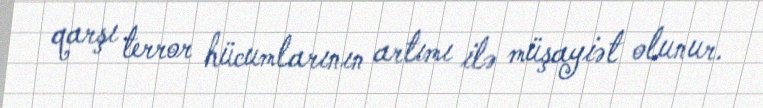
qarşı terror hücumlarının artımı ilə müşayiət olunur.